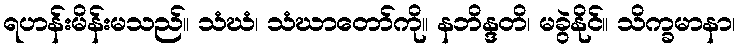
ရဟန်းမိန်းမသည်။ သံဃံ၊ သံဃာတော်ကို။ နဘိန္ဒတိ၊ မခွဲနိုင်။ သိက္ခမာနာ၊